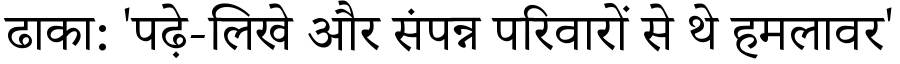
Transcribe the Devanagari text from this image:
ढाका: 'पढ़े-लिखे और संपन्न परिवारों से थे हमलावर'